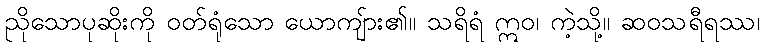
ညိုသောပုဆိုးကို ဝတ်ရုံသော ယောကျ်ား၏။ သရိရံ ဣဝ၊ ကဲ့သို့။ ဆဝသရီရဿ၊